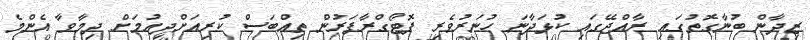
ޒިދާން ބުނާގޮތުގައި ރާއްޖޭގައި ކުޅަދާނަ ހުނަރުވެރި ފޮޓޯގްރާފަރުން ތިއްބަސް ކުރިއަށްދިއުމަށް ދިމާވާ އެންމެ